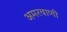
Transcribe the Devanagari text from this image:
अमरवाणी